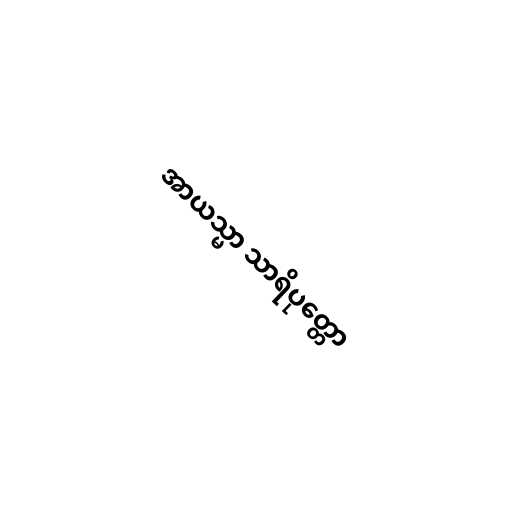
အာယသ္မာ သာရိပုတ္တော